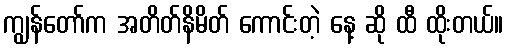
ကျွန်တော်က အတိတ်နိမိတ် ကောင်းတဲ့ နေ့ ဆို ထီ ထိုးတယ်။